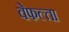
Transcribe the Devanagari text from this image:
वेफल्ता